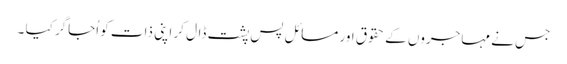
جس نے مہاجروں کے حقوق اور مسائل پس پشت ڈال کر اپنی ذات کو اُجاگر کیا ۔